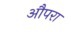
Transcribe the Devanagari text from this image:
औपरा